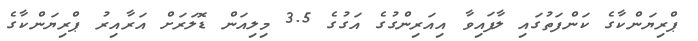
ޕްރިޔަންކާގެ ކަންފަތުގައި ލާފައިވާ އިއަރިންގުގެ އަގުގެ 3.5 މިލިއަން ޑޮލަރަށް އަރާއިރު ޕްރިޔަންކާގެ